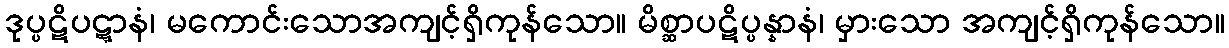
ဒုပ္ပဋိပဋ္ဋာနံ၊ မကောင်းသောအကျင့်ရှိကုန်သော။ မိစ္ဆာပဋိပ္ပန္နာနံ၊ မှားသော အကျင့်ရှိကုန်သော။